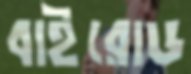
বাইরোড